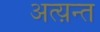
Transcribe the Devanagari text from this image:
अत्य़न्त